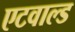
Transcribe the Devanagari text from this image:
एटवाल्ड